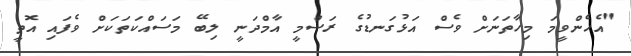
"އެހެންވީމަ މިހާތަނަށް ވެސް އަޅުގަނޑުގެ ރަސްމީ އާމްދަނީ ލިބޭ މަސައްކަތަކަށް ވެފައި އޮތީ